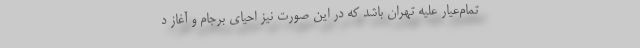
تمام‌عیار علیه تهران باشد که در این صورت نیز احیای برجام و آغاز د